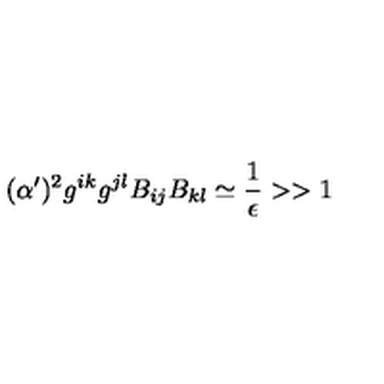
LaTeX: ( \alpha ^ { \prime } ) ^ { 2 } g ^ { i k } g ^ { j l } B _ { i j } B _ { k l } \simeq { \frac { 1 } { \epsilon } } > > 1